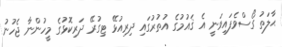
ޙާލަތު ގޯސްވެފައިވަނީ އެ ޤައުމުގެ އުތުރުގައި ދިރިއުޅޭ ޓިގުރޭ ދަރިކޮޅުގެ މީހުންނާ ޖެހުނު